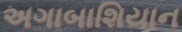
અગાબાશિયાન